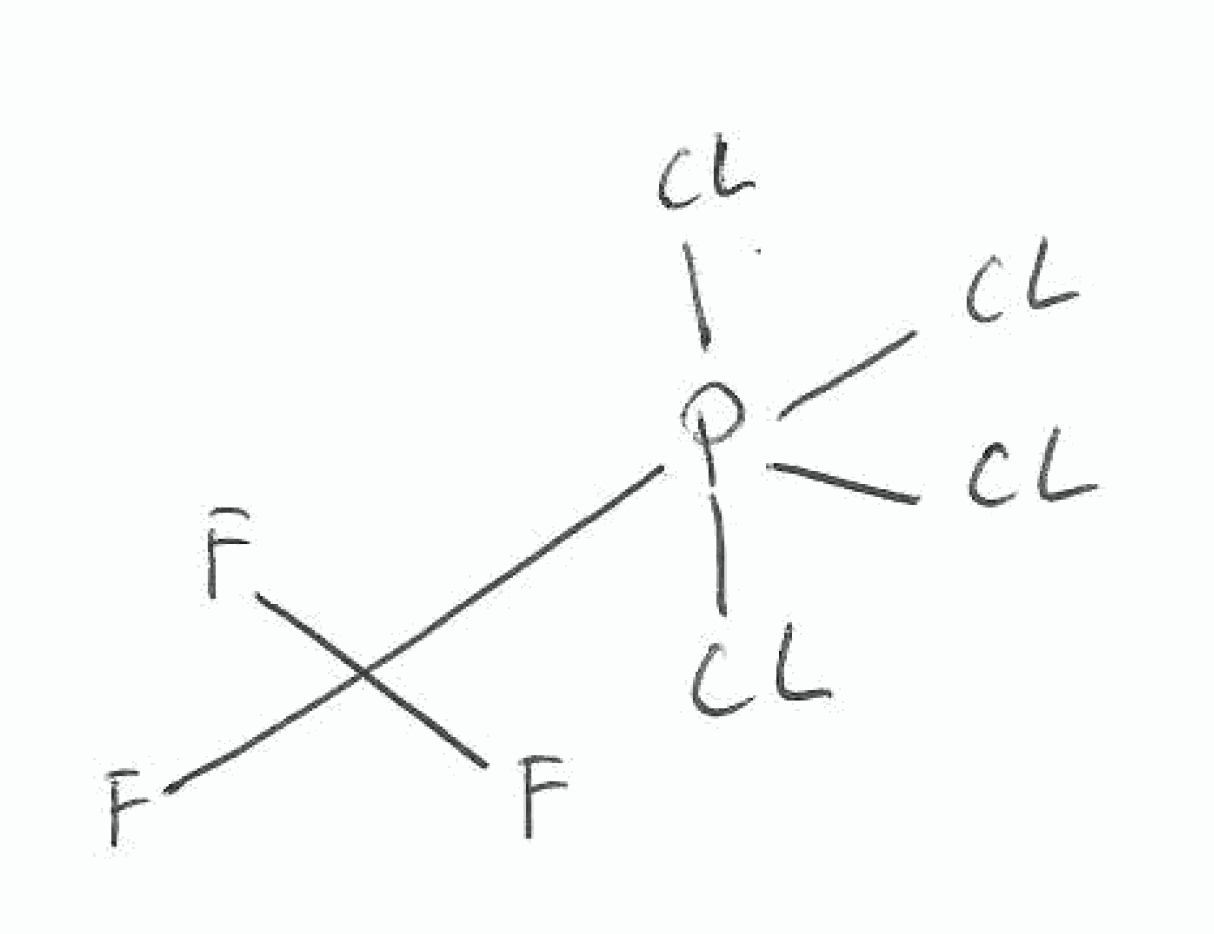
Simplified molecular-input line-entry system (SMILES) notation of the given molecule:
C(F)(F)(F)P(Cl)(Cl)(Cl)Cl